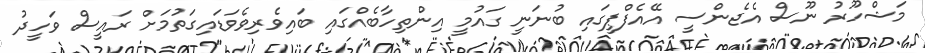
މަޝްހޫރު ނޫސް އެޖެންސީ އޭއެފްޕީގައި ބުނަނީ ގައުމީ އިންތިހާބެއްގައި ބައިވެރިވެވަޑައިގަތުމަށް ރައީސް ވަހީދު